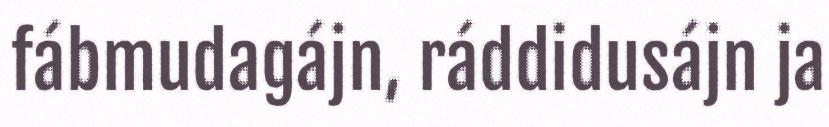
fábmudagájn, ráddidusájn ja